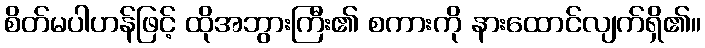
စိတ်မပါဟန်ဖြင့် ထိုအဘွားကြီး၏ စကားကို နားထောင်လျက်ရှိ၏။